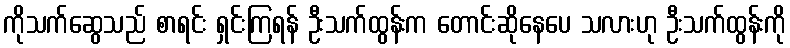
ကိုသက်ဆွေသည် စာရင်း ရှင်းကြရန် ဦးသက်ထွန်းက တောင်းဆိုနေပေ သလားဟု ဦးသက်ထွန်းကို